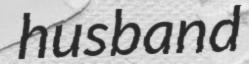
husband